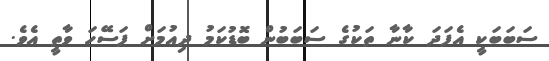
ސަބަބަކީ އެފަދަ ކާނާ ތަކުގެ ސަބަބުން ބޮޑުކަމު ދިއުމަށް ފަސޭހަ ވާތީ އެވެ.